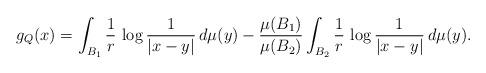
LaTeX: \begin{align*}g_Q(x) = \int_{B_1} \frac1r\,\log\frac1{|x-y|}\,d\mu(y) - \frac{\mu(B_1)}{\mu(B_2)}\int_{B_2} \frac1r\,\log\frac1{|x-y|}\,d\mu(y).\end{align*}